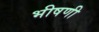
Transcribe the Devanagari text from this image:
भीषणी